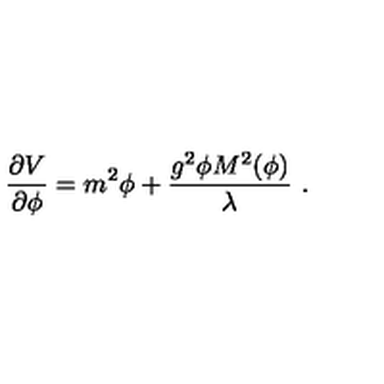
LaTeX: { \frac { \partial V } { \partial \phi } } = { m ^ { 2 } \phi } + { \frac { g ^ { 2 } \phi M ^ { 2 } ( \phi ) } { \lambda } } \ .